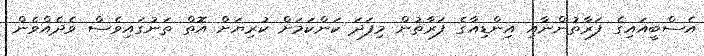
އެސްބީއައިގެ ފަރާތުންނާއި އިންޑިއާގެ ފަރާތުން މިފަދަ ކަންކަމަށް ކުރިޔަށް އޮތް ތަނުގައިވެސް ވެދެއްވެން